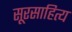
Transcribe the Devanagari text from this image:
सूरसाहित्य